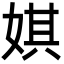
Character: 娸